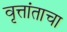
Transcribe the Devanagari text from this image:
वृत्तांताचा